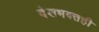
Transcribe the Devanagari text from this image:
देशभक्तही